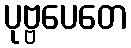
ပုဗ္ဗပေတေ